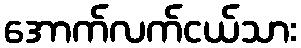
အောက်လက်ငယ်သား